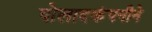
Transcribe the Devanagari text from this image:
पोलादकंपनीने